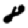
Digit: 8